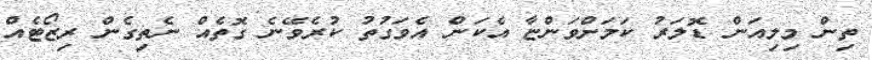
ތިން މިލިއަން ޑޮލަރު ކަމަށްވަންޏާ އެކަން އެވަގުތު ކުރެވޭނެ ގޮތެއް ނެތިގެން ރިޒޯޓެއް